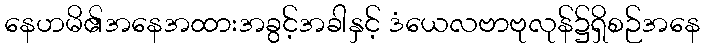
နေဟမိ၏အနေအထားအခွင့်အခါနှင့် ဒံယေလဗာဗုလုန်၌ရှိစဉ်အနေ